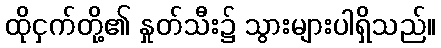
ထိုငှက်တို့၏ နှုတ်သီး၌ သွားများပါရှိသည်။